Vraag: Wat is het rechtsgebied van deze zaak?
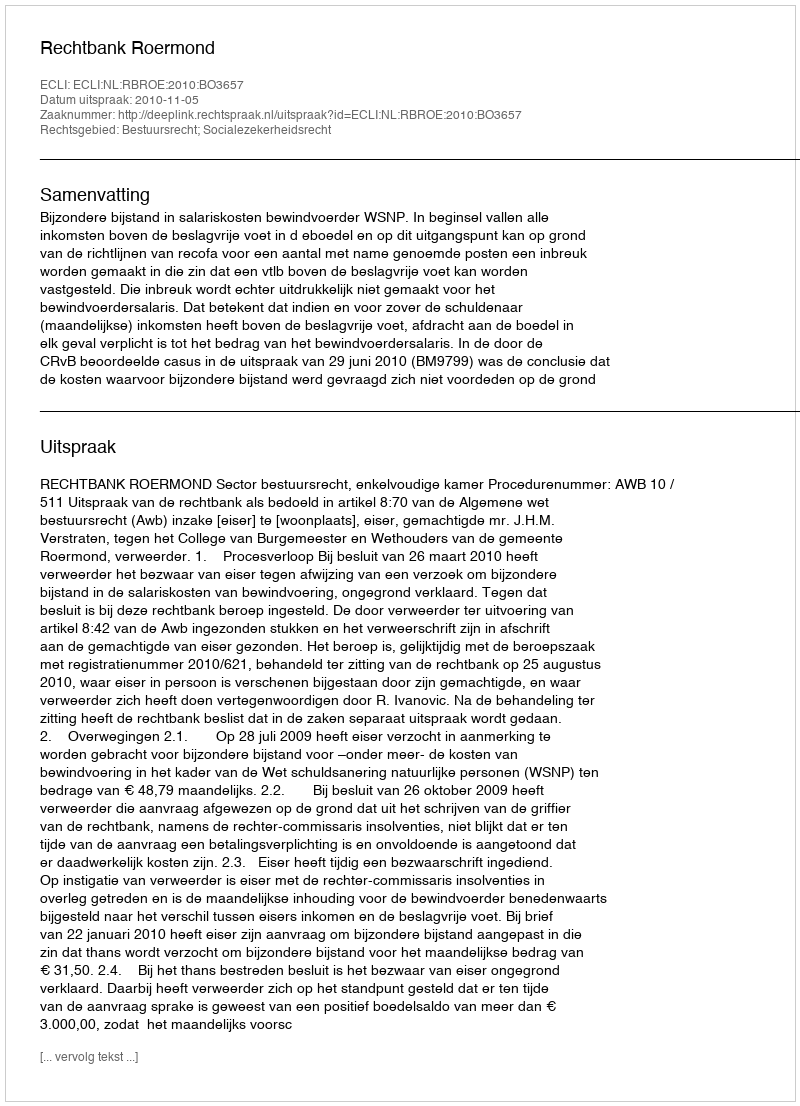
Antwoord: Bestuursrecht; Socialezekerheidsrecht